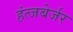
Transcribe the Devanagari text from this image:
हंत्जबेर्जर